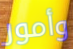
وأمور